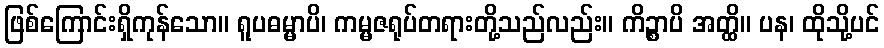
ဖြစ်ကြောင်းရှိကုန်သော။ ရူပဓမ္မာပိ၊ ကမ္မဇရုပ်တရားတို့သည်လည်း။ ကိဉ္စာပိ အတ္ထိ။ ပန၊ ထိုသို့ပင်